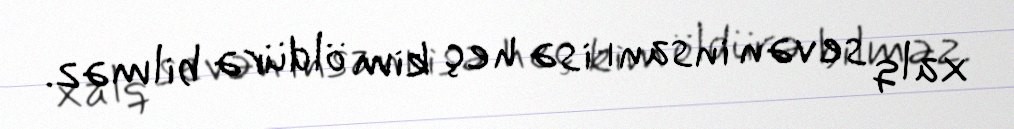
xalq sevən insanı isə heç kim öldürə bilməz.